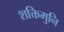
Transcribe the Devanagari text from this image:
शक्तिमुनि